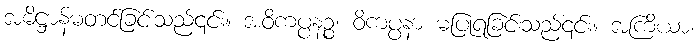
အဓိဋ္ဌာန်မတင်ခြင်းသည်၎င်း။ အဝိကပ္ပနဉ္စ၊ ဝိကပ္ပနာ မပြုရခြင်းသည်၎င်း။ အကြိယာ၊